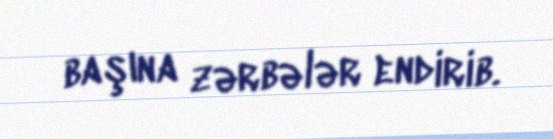
başına zərbələr endirib.